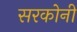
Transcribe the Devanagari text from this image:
सरकोनी